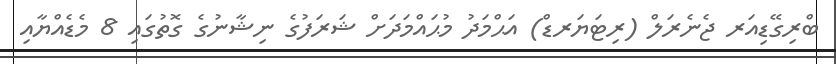
ބްރިގޭޑިއަރ ޖެނެރަލް (ރިޓަޔަރޑް) އަޙްމަދު މުޙައްމަދަށް ޝަރަފުގެ ނިޝާނުގެ ގޮތުގައި 8 މެޑެއްޔާއި